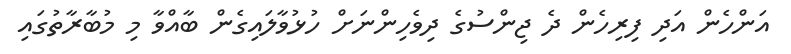
އަންހެން އަދި ފިރިހެން ދެ ޖިންސުގެ ދިވެހިންނަށް ހުޅުވާލައިގެން ބާއްވާ މި މުބާރާތުގައި